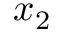
x _ { 2 }